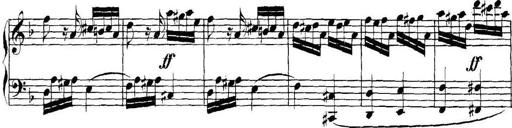
Title: Collected Piano Sonatas
Composer: Muzio Clementi